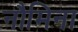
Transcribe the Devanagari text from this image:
नौमिना